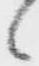
候